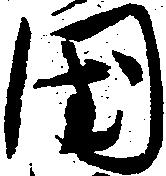
国